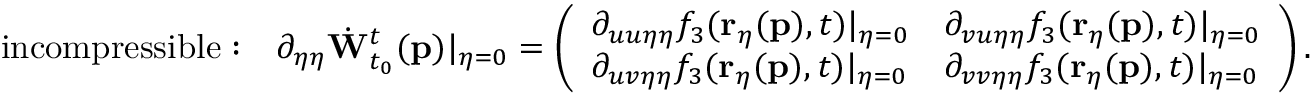
\mathrm { i n c o m p r e s s i b l e : \quad } \partial _ { \eta \eta } \dot { \mathbf { W } } _ { t _ { 0 } } ^ { t } ( \mathbf { p } ) \vert _ { \eta = 0 } = \left( \begin{array} { l l } { \partial _ { u u \eta \eta } f _ { 3 } ( \mathbf { r } _ { \eta } ( \mathbf { p } ) , t ) \vert _ { \eta = 0 } } & { \partial _ { v u \eta \eta } f _ { 3 } ( \mathbf { r } _ { \eta } ( \mathbf { p } ) , t ) \vert _ { \eta = 0 } } \\ { \partial _ { u v \eta \eta } f _ { 3 } ( \mathbf { r } _ { \eta } ( \mathbf { p } ) , t ) \vert _ { \eta = 0 } } & { \partial _ { v v \eta \eta } f _ { 3 } ( \mathbf { r } _ { \eta } ( \mathbf { p } ) , t ) \vert _ { \eta = 0 } } \end{array} \right) .